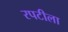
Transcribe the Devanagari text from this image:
रपटीला